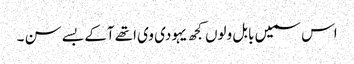
اس سمیں بابل ولوں کجھ یہودی وی اتھے آکے بسے سن ۔